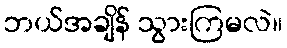
ဘယ်အချိန် သွားကြမလဲ။